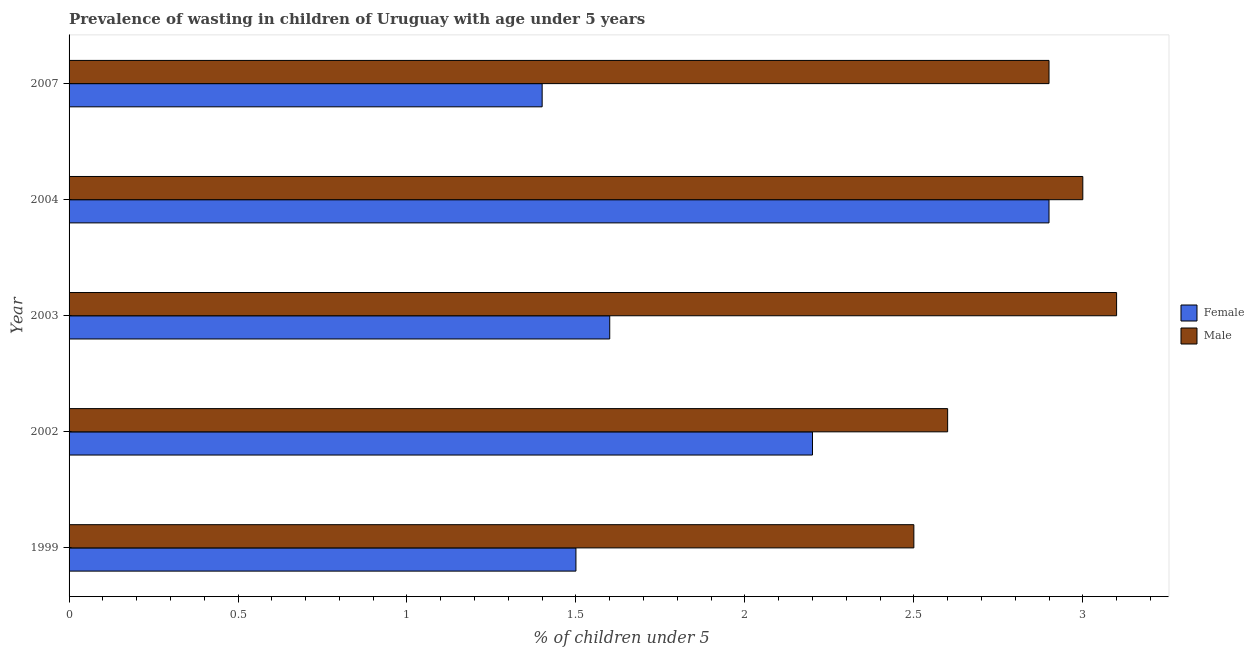
| Year | Female | Male |
 | --- | --- | --- |
 | 1999 | 1.5 | 2.5 |
 | 2002 | 2.2 | 2.6 |
 | 2003 | 1.6 | 3.1 |
 | 2004 | 2.9 | 3 |
 | 2007 | 1.4 | 2.9 |